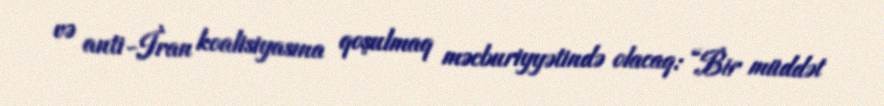
və anti-İran koalisiyasına qoşulmaq məcburiyyətində olacaq: “Bir müddət